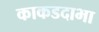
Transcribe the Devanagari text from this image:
काकडदाभा